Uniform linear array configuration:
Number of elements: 12
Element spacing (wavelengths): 0.75
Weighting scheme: cosine
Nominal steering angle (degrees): -15
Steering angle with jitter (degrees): -15.612
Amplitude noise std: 0.05
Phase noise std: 0.05

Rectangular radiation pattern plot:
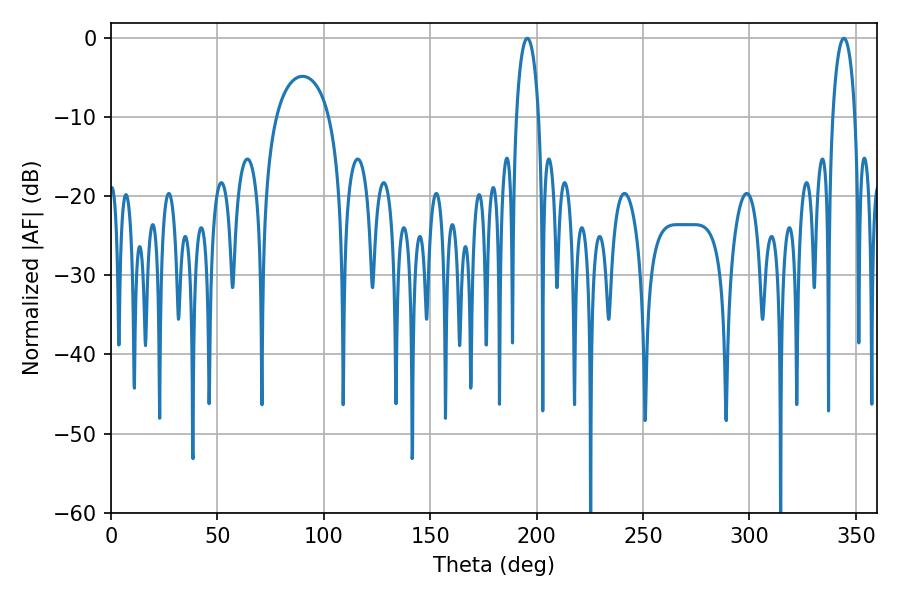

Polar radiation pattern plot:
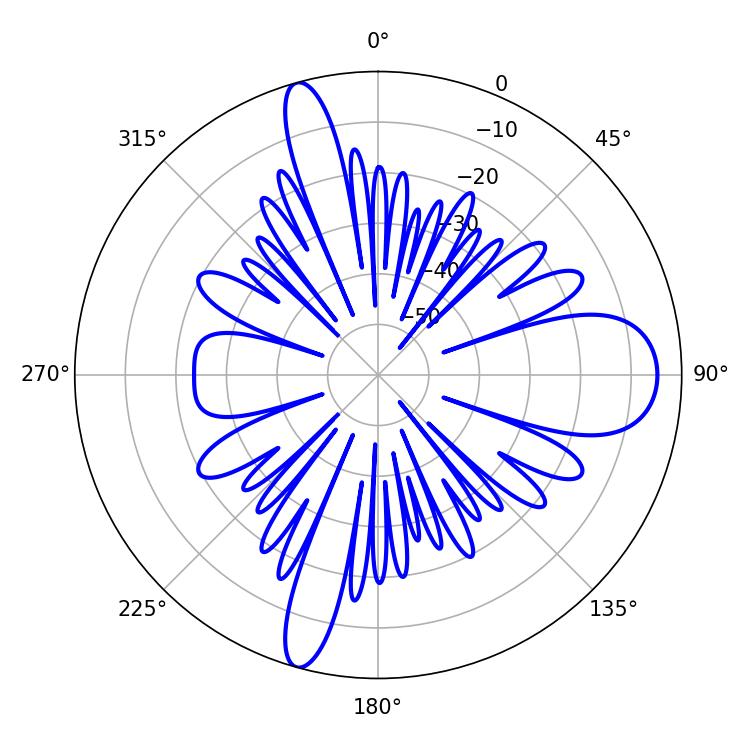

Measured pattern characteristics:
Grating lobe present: TRUE
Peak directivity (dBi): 15.648
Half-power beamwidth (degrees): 6.12
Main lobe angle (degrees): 195.66